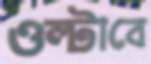
ওল্টাবে